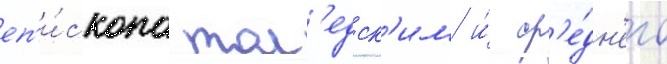
еп'и́скопа тол'едск'им и́ ср'е́дн'его